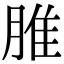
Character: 脽